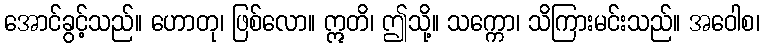
အောင်ခွင့်သည်။ ဟောတု၊ ဖြစ်လော။ ဣတိ၊ ဤသို့။ သက္ကော၊ သိကြားမင်းသည်။ အဝေါစ၊